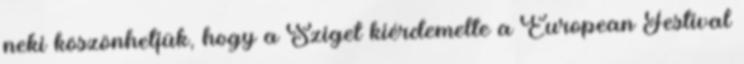
neki köszönhetjük, hogy a Sziget kiérdemelte a European Festival